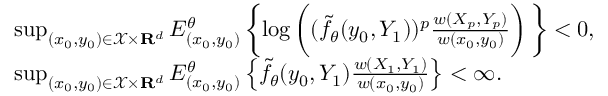
\begin{array} { r l } & { \operatorname* { s u p } _ { ( x _ { 0 } , y _ { 0 } ) \in \mathcal { X } \times { \bf R } ^ { d } } E _ { ( x _ { 0 } , y _ { 0 } ) } ^ { \theta } \left\{ \log \bigg ( ( \tilde { f } _ { \theta } ( y _ { 0 } , Y _ { 1 } ) ) ^ { p } \frac { w ( X _ { p } , Y _ { p } ) } { w ( x _ { 0 } , y _ { 0 } ) } \right) \bigg \} < 0 , } \\ & { \operatorname* { s u p } _ { ( x _ { 0 } , y _ { 0 } ) \in \mathcal { X } \times { \bf R } ^ { d } } E _ { ( x _ { 0 } , y _ { 0 } ) } ^ { \theta } \left\{ \tilde { f } _ { \theta } ( y _ { 0 } , Y _ { 1 } ) \frac { w ( X _ { 1 } , Y _ { 1 } ) } { w ( x _ { 0 } , y _ { 0 } ) } \right\} < \infty . } \end{array}